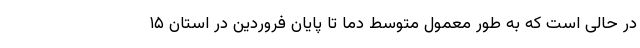
در حالی است که به طور معمول متوسط دما تا پایان فروردین در استان ۱۵